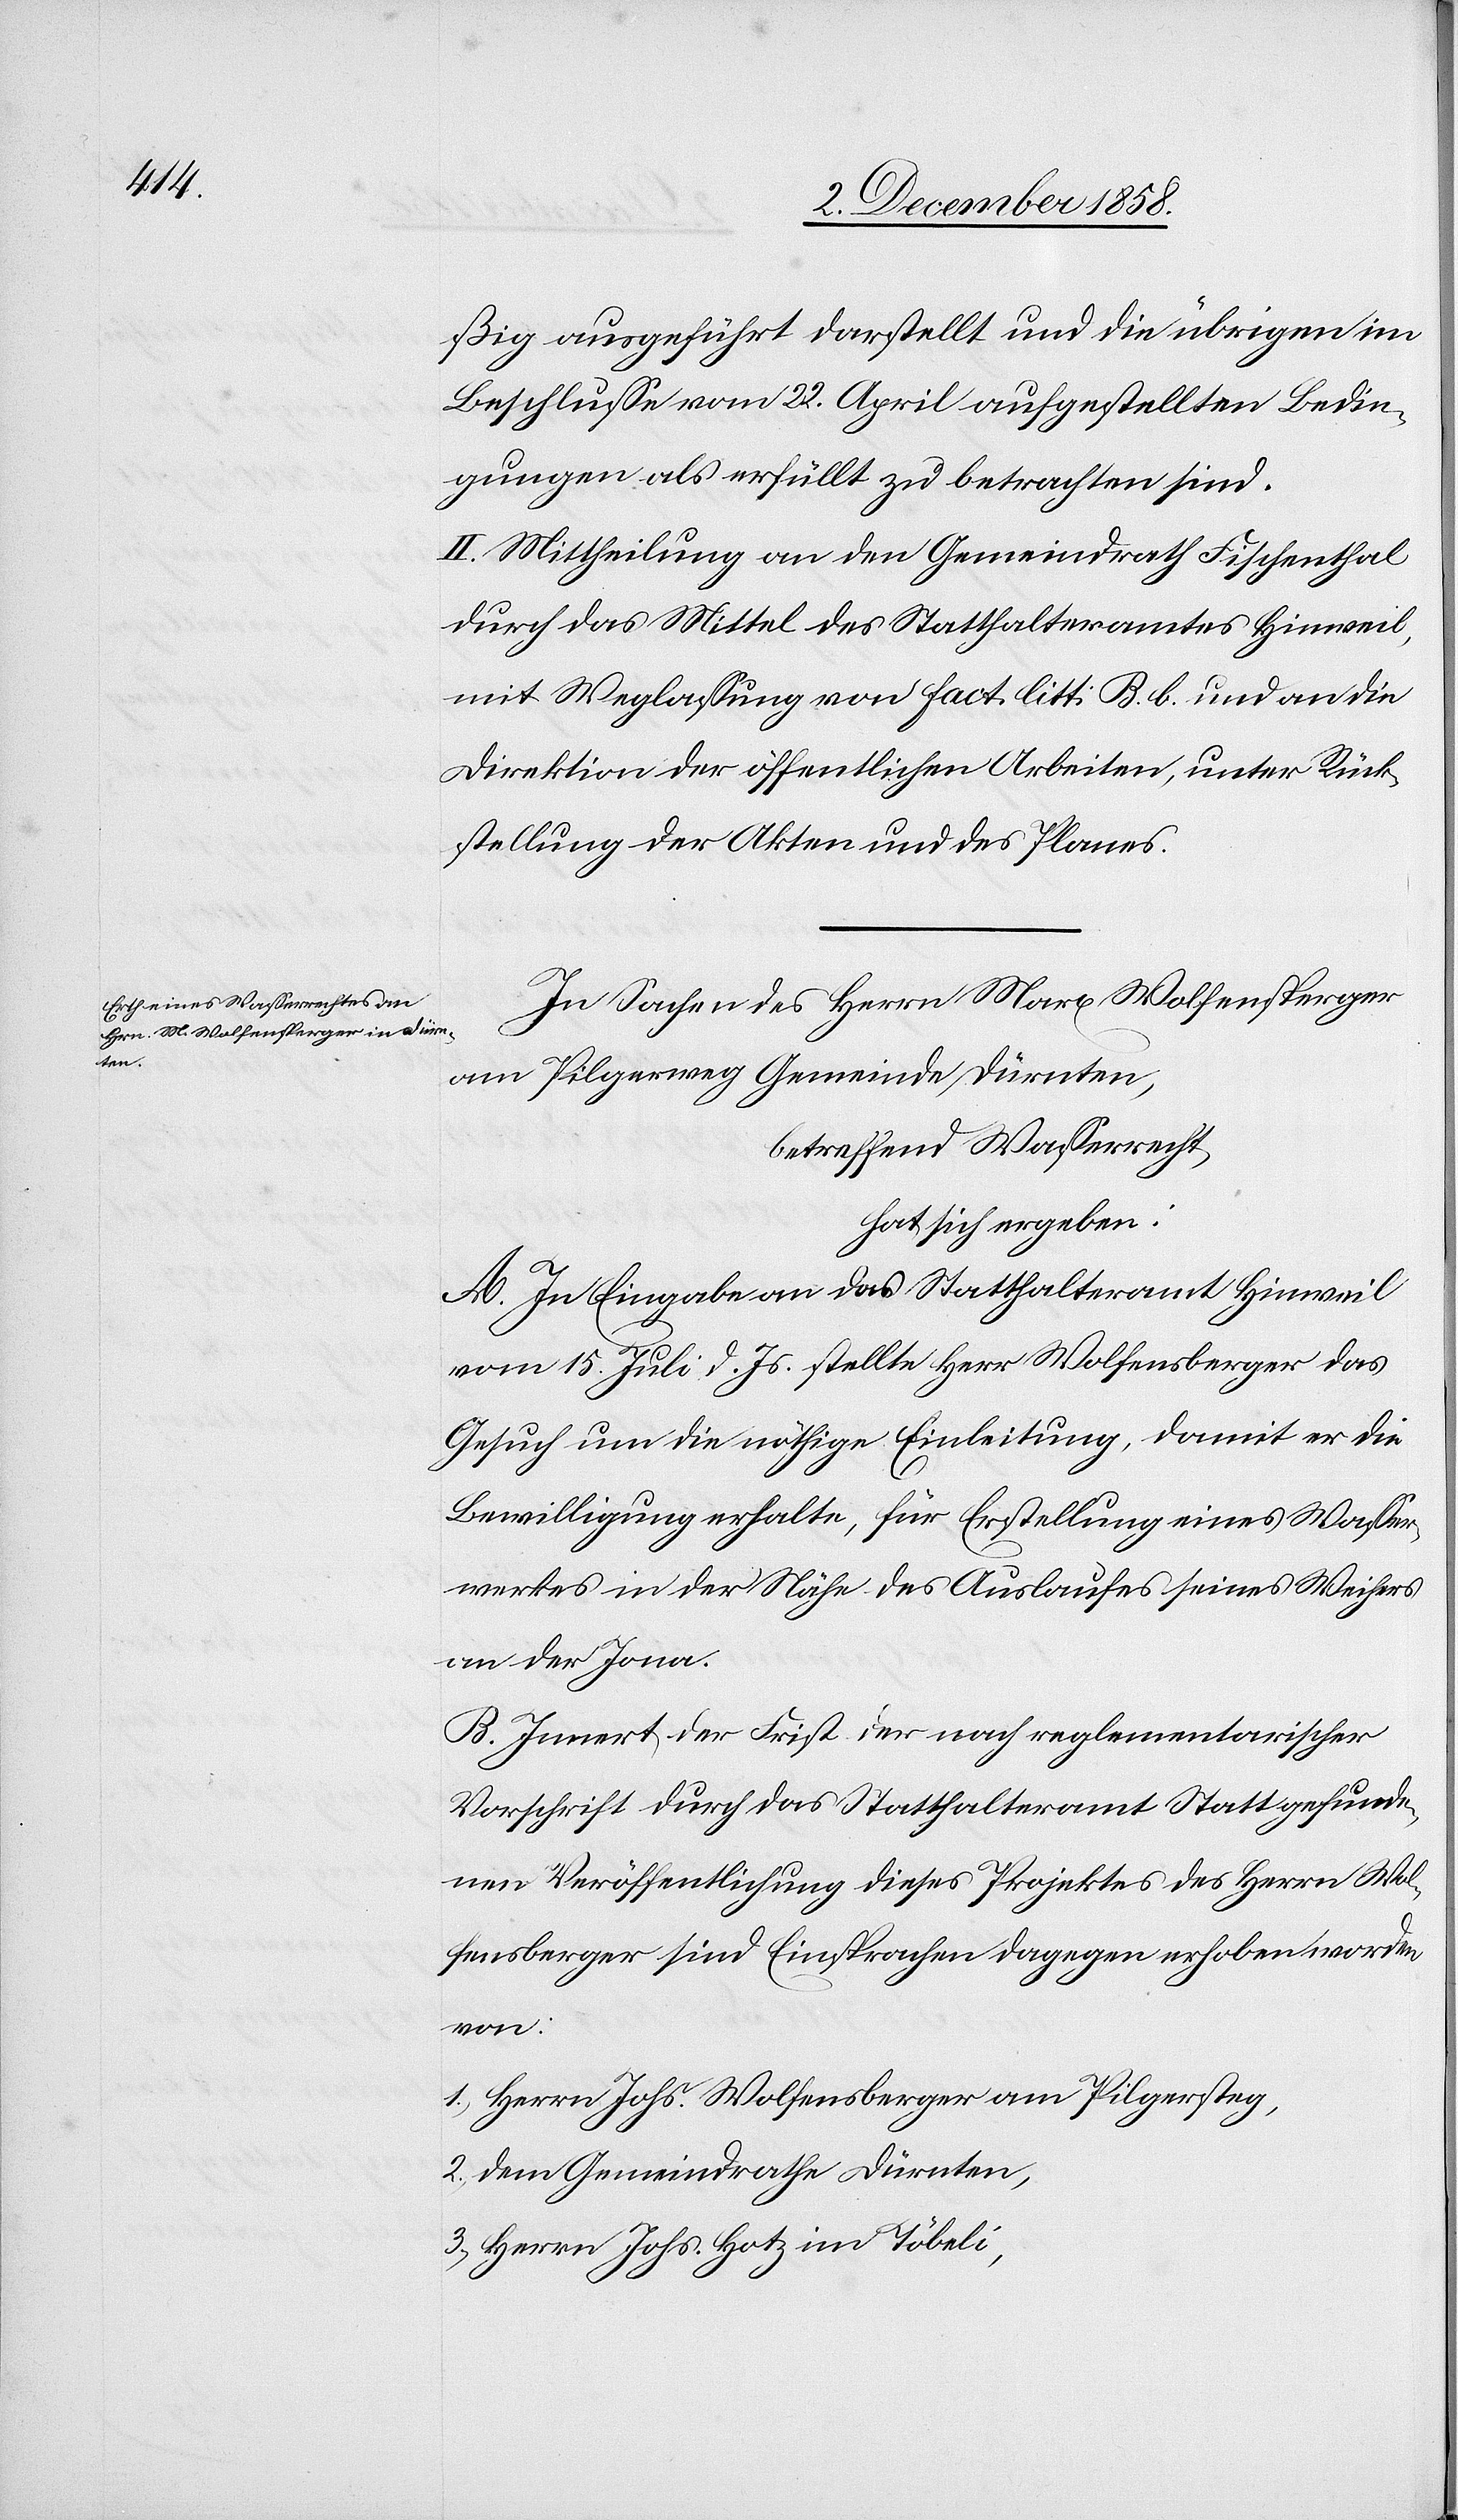
ic!]

ßig ausgeführt darstellt und die übrigen im
Beschlusse vom 22. April aufgestellten Bedin¬
gungen als erfüllt zu betrachten sind.
II. Mittheilung an den Gemeindrath Fischenthal
durch das Mittel des Statthalteramtes Hinweil,
mit Weglassung von fact. litt: B. b. und an die
Direktion der öffentlichen Arbeiten, unter Rück¬
stellung der Akten und des Planes.
In Sachen des Herrn Marx Wolfensperger
am Pilgerweg Gemeinde Dürnten,
betreffend Wasserrecht,
hat sich ergeben:
A. In Eingabe an das Statthalteramt Hinweil
vom 15. Juli d. Js. stellte Herr Wolfensberger [s¬
Gesuch um die nöthige Einleitung, damit er die
Bewilligung erhalte, für Erstellung eines Wasser¬
werkes in der Nähe des Auslaufes seines Weihers
an der Jona.
B. Innert der Frist der nach reglementarischer
Vorschrift durch das Statthalteramt Statt gefunde¬
nen Veröffentlichung dieses Projektes des Herrn Wol¬
fensberger sind Einsprachen dagegen erhoben worden
von:
1.) Herrn Johs. Wolfensberger am Pilgersteg,
2.) dem Gemeindrathe Dürnten,
3.) Herrn Johs. Hotz im Töbeli,